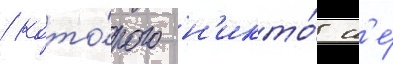
/ кото́рого н'икто́ н'е́